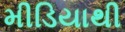
મીડિયાથી